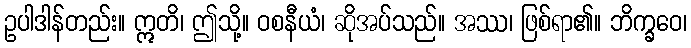
ဥပါဒါန်တည်း။ ဣတိ၊ ဤသို့။ ဝစနီယံ၊ ဆိုအပ်သည်။ အဿ၊ ဖြစ်ရာ၏။ ဘိက္ခဝေ၊